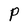
Character: P